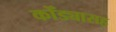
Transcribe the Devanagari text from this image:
कोँड्यासह